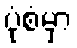
ပုံစံမှာ